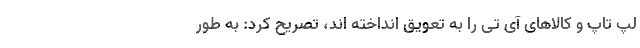
لپ تاپ و کالاهای آی تی را به تعویق انداخته اند، تصریح کرد: به طور